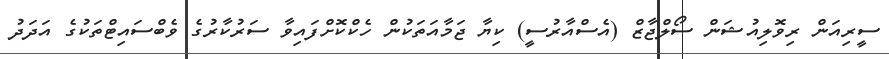
ސީރިއަން ރިވޮލިއުޝަން ސޯލްޖާޒް (އެސްއާރުސީ) ކިޔާ ޖަމާއަތަކުން ހެކްކޮށްފައިވާ ސަރުކާރުގެ ވެބްސައިޓްތަކުގެ އަދަދު